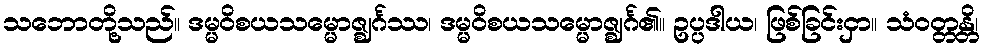
သဘောတို့သည်။ ဒမ္မဝိစယသမ္မောဇ္ဈင်္ဂဿ၊ ဒမ္မဝိစယသမ္မောဇ္ဈင်္ဂ၏။ ဥပ္ပဒါယ၊ ဖြစ်ခြင်းငှာ။ သံဝတ္တန္တိ၊